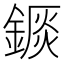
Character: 𨪘